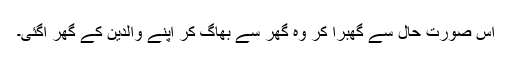
اس صورت حال سے گھبرا کر وہ گھر سے بھاگ کر اپنے والدین کے گھر آگئی۔